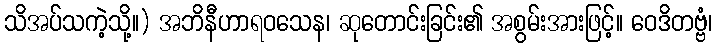
သိအပ်သကဲ့သို့။) အဘိနီဟာရဝသေန၊ ဆုတောင်းခြင်း၏ အစွမ်းအားဖြင့်။ ဝေဒိတဗ္ဗံ၊